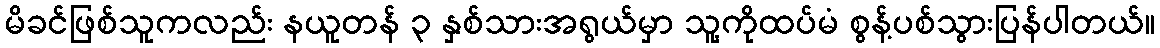
မိခင်ဖြစ်သူကလည်း နယူတန် ၃ နှစ်သားအရွယ်မှာ သူ့ကိုထပ်မံ စွန့်ပစ်သွားပြန်ပါတယ်။